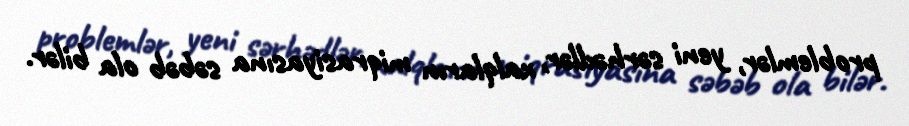
problemlər, yeni sərhədlər, xalqların miqrasiyasına səbəb ola bilər.